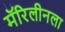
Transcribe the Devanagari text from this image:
मॅरिलीनला